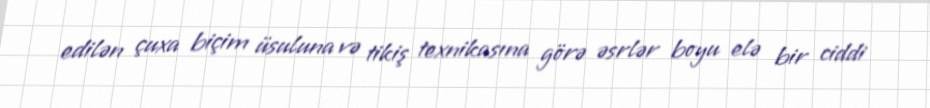
edilən çuxa biçim üsuluna və tikiş texnikasına görə əsrlər boyu elə bir ciddi